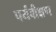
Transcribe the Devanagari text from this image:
पर्यवीक्षण